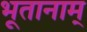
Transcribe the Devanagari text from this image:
भूतानाम्